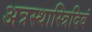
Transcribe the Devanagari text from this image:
अत्रस्थास्त्रिदिवं